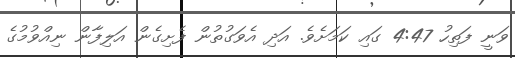
ވަނީ ފަތިހު 4:47 ގައި ކަމަށެވެ. އަދި އެވަގުތުން ފެށިގެން އަލިފާން ނިއްވުމުގެ